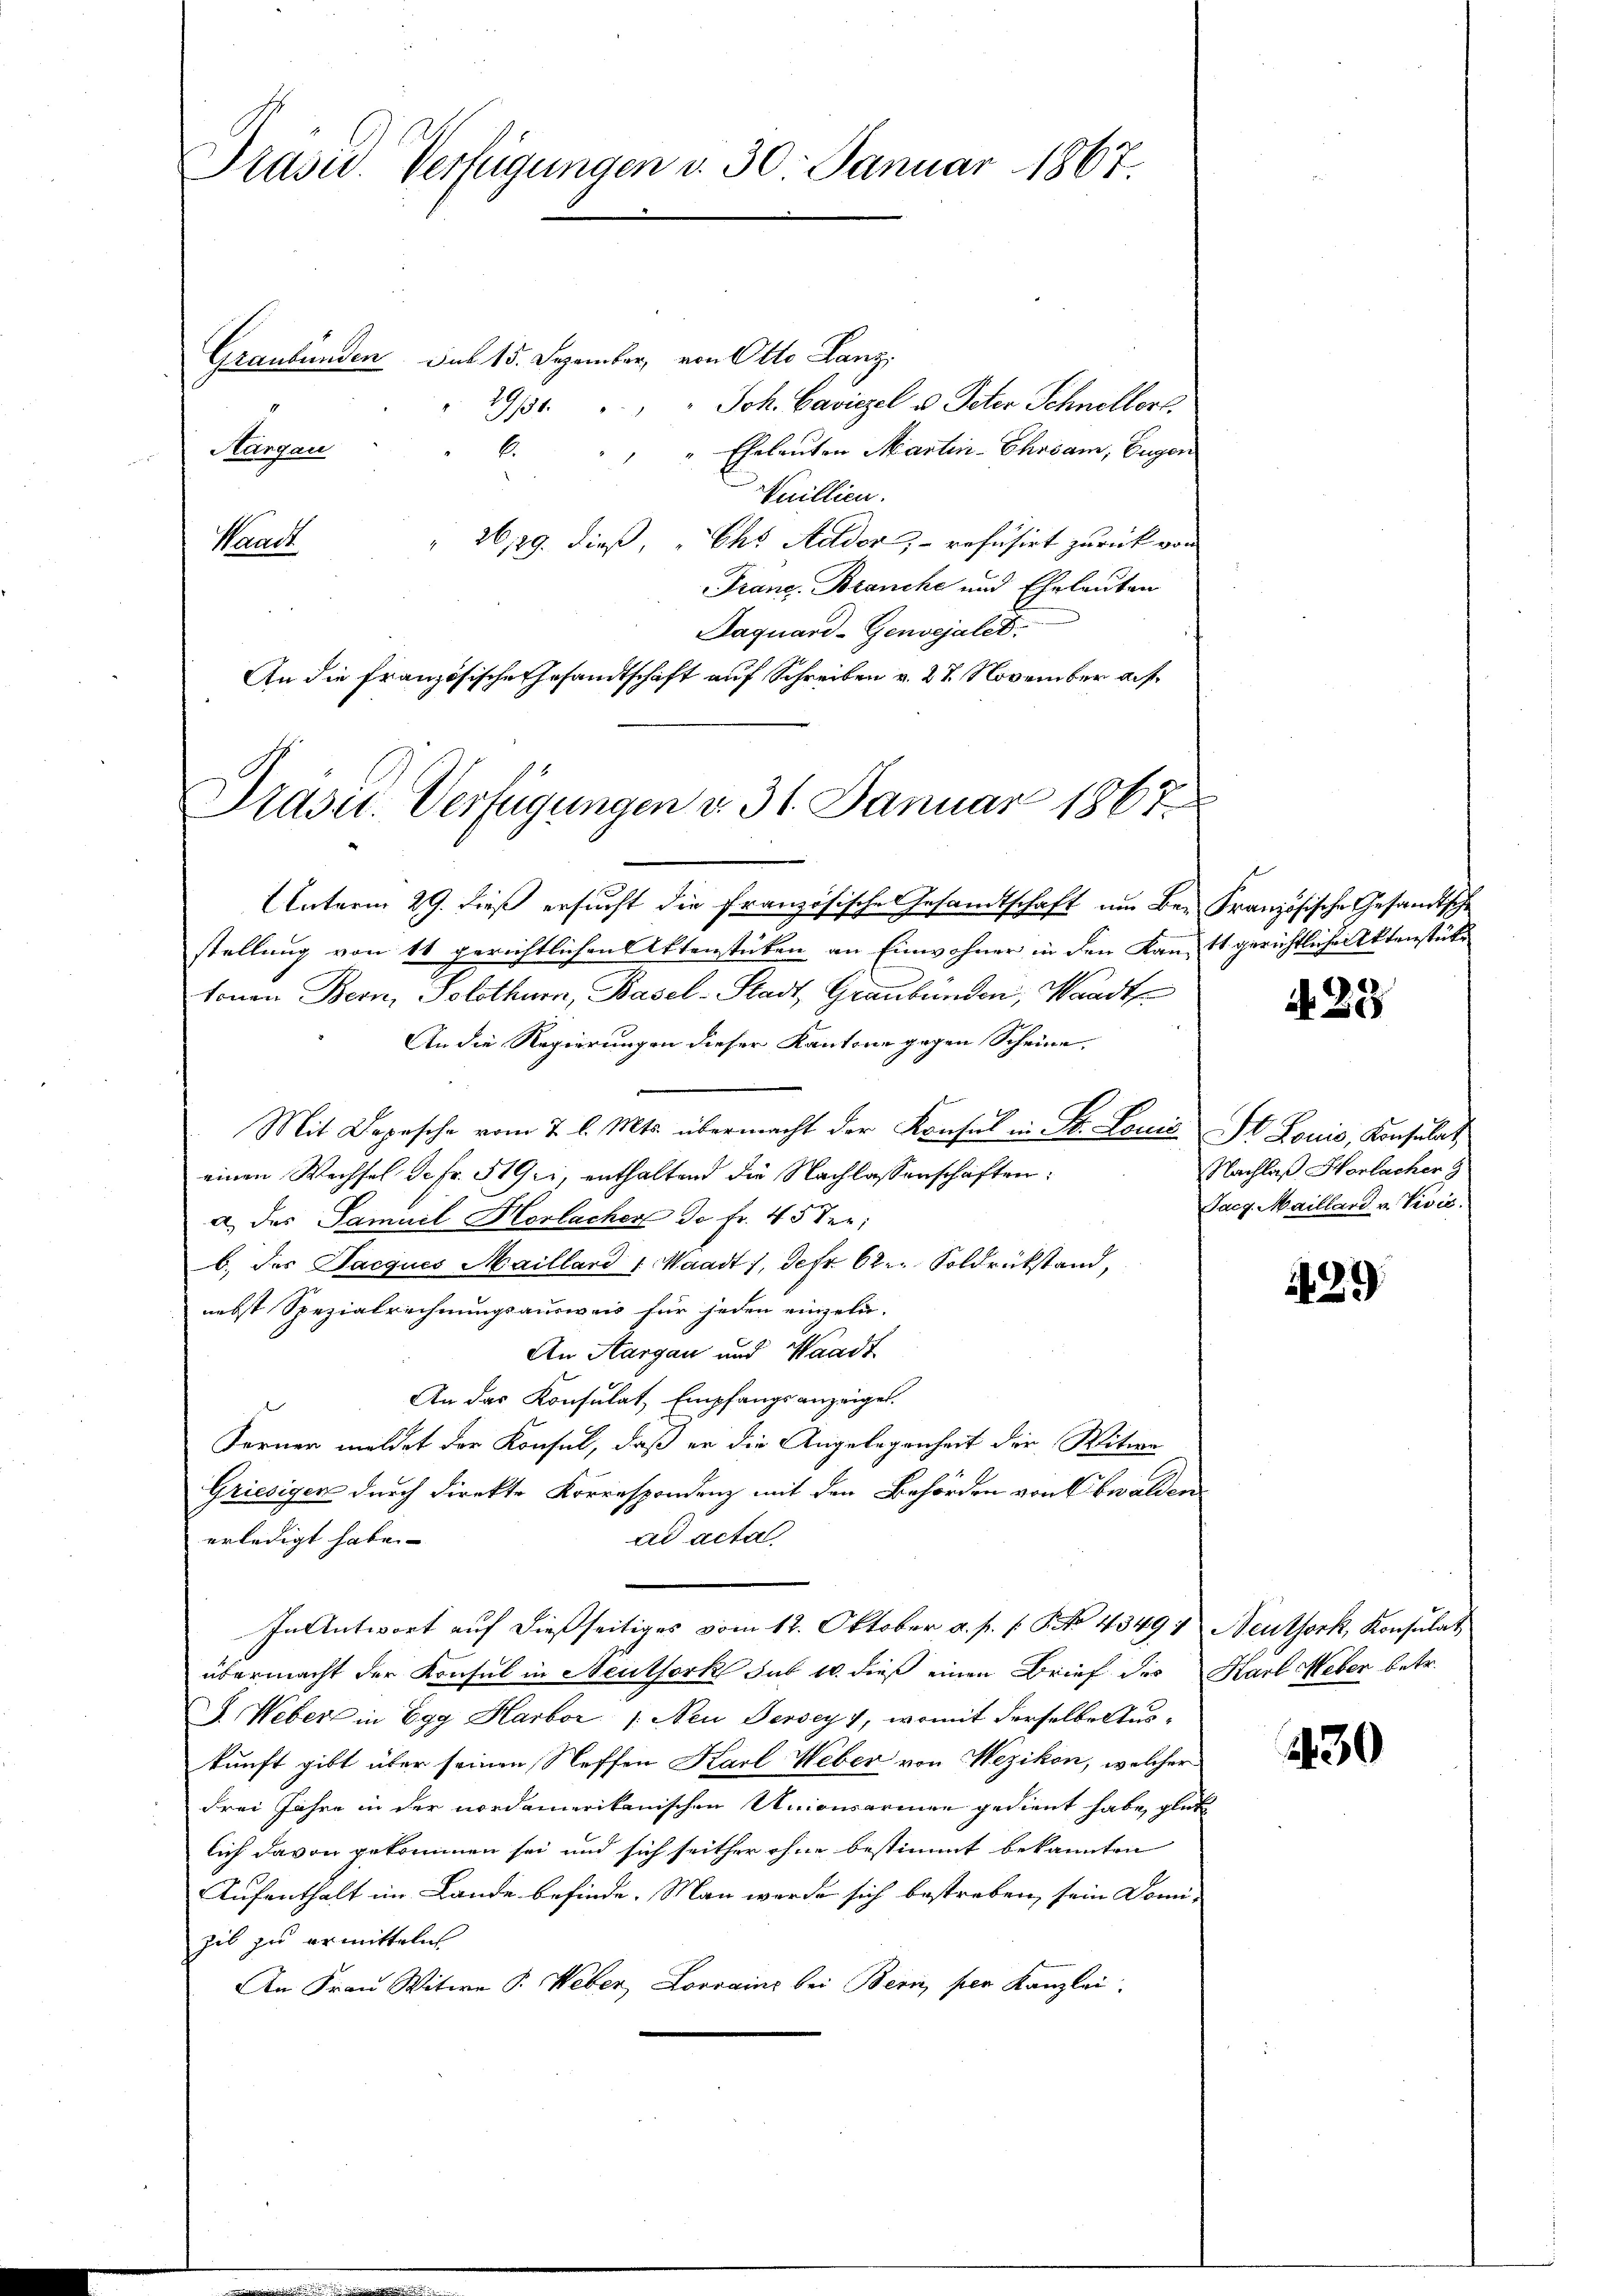
Präsid. Verfügungen v. 30. Januar 1867.

Graubünden, das 15. Dezember, von Otto Lanzi
Joh. Caviezel u. Peter Schnellerl
1911.
Aargau
E.
" Eheleuten Martin-Ehrsam, Eugen
Knillien.
" 26/29. dieß, "Ehs Aador - rofusirt zurück von
Sanct
Franz Branche und Eheleuten
Jaquard-Genvejalet.
An die Französische Gesandtschaft auf Schreiben v. 27. November auf
Präsit. Verfügungen d. 31. Januar 1867.

Unterm 29. dieß ersucht die französische Gesandtschaft um Be- Französische Gesandtsche
stellung von 11 gerichtlichen Aktenstücken an Einwohner in den Kantt gerichtlichen Aktenstüke
tonen Bern, Solothurn, Basel-Stadt, Graubünden, Waadt
An die Regierungen dieser Kantone gegen Scheine,
Mit Depesche vom 2. l. Mts. übermacht der Konsul in Dr. Land St. Louis, Konsulat
einen Wechsel de fr. 519, enthaltend die Nachlassenschaften:
a) des Samuel Horlacher de fr. 45 der
b. des Jacques Mailland : Waadt 1, defr. 622. Soldrückstand,
nebst Spezialrechnungsausweis für jeden einzeln-
An Aargau und Waadt
An das Konsulat Empfangsanzeigel.
Ferner meldet der Konsul, daß er die Angelegenheit der Witwe
Griesigen durch direkte Korrespondenz mit den Behörden von Obwalden
ad acta
erledigt habe. |
In Antwort auf dießseitiges vom 12. Oktober a. p. 1. No. 43494 Neuthork, Konsulat
übermacht der Konsul in Neuthork sub 10. dieß einen Brief des Karl Weber betr.
J. Weber in Egg Harbor /: Neu Dersey, womit derselbe Auskunft gibt über seinen Steffen Karl Weber von Wezikon, welcher
Frei Jahre in der nordamerikanischen Unionsarmen gedient habe, glück
lich davon gekommen sei und sich seither ohne bestimmt bekannten
Aufenthalt im Lande befinde. Man werde sich bestreben, sein Domi-
hib zu ermitteln
An Frau Witwe P. Weber, Lovrains bei Bern, per Kanzlei.

N 22

Nachlaß Honlacher G
Jacg. Maillard u. Zivić.

429

430